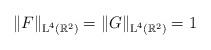
LaTeX: \begin{align*}\|F\|_{\textup{L}^4(\mathbb{R}^2)}= \|G\|_{\textup{L}^4(\mathbb{R}^2)}=1\end{align*}